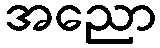
အညော